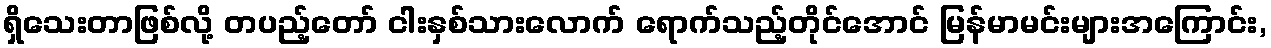
ရှိသေးတာဖြစ်လို့ တပည့်တော် ငါးနှစ်သားလောက် ရောက်သည့်တိုင်အောင် မြန်မာမင်းများအကြောင်း,